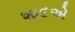
શાદએ